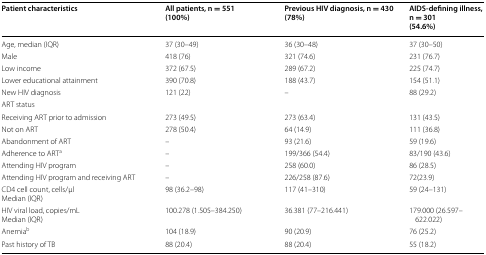
<table><thead><tr><td><b>Patient characteristics</b></td><td><b>All patients, n = 551(100%)</b></td><td><b>Previous HIV diagnosis, n = 430(78%)</b></td><td><b>AIDS-defining illness, n = 301(54.6%)</b></td></tr></thead><tbody><tr><td>Age, median (IQR)</td><td>37 (30–49)</td><td>36 (30–48)</td><td>37 (30–50)</td></tr><tr><td>Male</td><td>418 (76)</td><td>321 (74.6)</td><td>231 (76.7)</td></tr><tr><td>Low income</td><td>372 (67.5)</td><td>289 (67.2)</td><td>225 (74.7)</td></tr><tr><td>Lower educational attainment</td><td>390 (70.8)</td><td>188 (43.7)</td><td>154 (51.1)</td></tr><tr><td>New HIV diagnosis</td><td>121 (22)</td><td>–</td><td>88 (29.2)</td></tr><tr><td colspan="4">ART status</td></tr><tr><td>Receiving ART prior to admission</td><td>273 (49.5)</td><td>273 (63.4)</td><td>131 (43.5)</td></tr><tr><td>Not on ART</td><td>278 (50.4)</td><td>64 (14.9)</td><td>111 (36.8)</td></tr><tr><td>Abandonment of ART</td><td>–</td><td>93 (21.6)</td><td>59 (19.6)</td></tr><tr><td>Adherence to ART<sup>a</sup></td><td>–</td><td>199/366 (54.4)</td><td>83/190 (43.6)</td></tr><tr><td>Attending HIV program</td><td>–</td><td>258 (60.0)</td><td>86 (28.5)</td></tr><tr><td>Attending HIV program and receiving ART</td><td>–</td><td>226/258 (87.6)</td><td>72(23.9)</td></tr><tr><td>CD4 cell count, cells/μlMedian (IQR)</td><td>98 (36.2–98)</td><td>117 (41–310)</td><td>59 (24–131)</td></tr><tr><td>HIV viral load, copies/mLMedian (IQR)</td><td>100.278 (1.505–384.250)</td><td>36.381 (77–216.441)</td><td>179.000 (26.597–622.022)</td></tr><tr><td>Anemia<sup>b</sup></td><td>104 (18.9)</td><td>90 (20.9)</td><td>76 (25.2)</td></tr><tr><td>Past history of TB</td><td>88 (20.4)</td><td>88 (20.4)</td><td>55 (18.2)</td></tr></tbody></table>